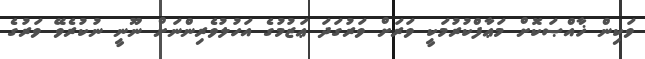
ވަކިން ޚާއްޞަކޮށް މަޢާފްކުރުމަކީ ވަރަށް ވަރުގަދަ ޢަޒުމުގެ އަހުލުވެރިންނަށް ނޫނީ ނުކުރެވޭ ވަރުގެ